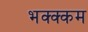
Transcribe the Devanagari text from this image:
भक्‍क्‍कम